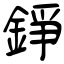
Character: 錚